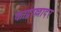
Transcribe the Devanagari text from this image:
काद्वाल्लादर